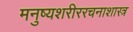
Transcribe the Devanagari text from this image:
मनुष्यशरीररचनाशास्त्र